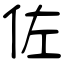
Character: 佐